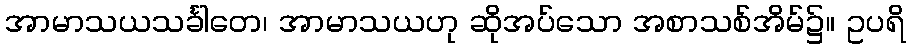
အာမာသယသင်္ခါတေ၊ အာမာသယဟု ဆိုအပ်သော အစာသစ်အိမ်၌။ ဥပရိ